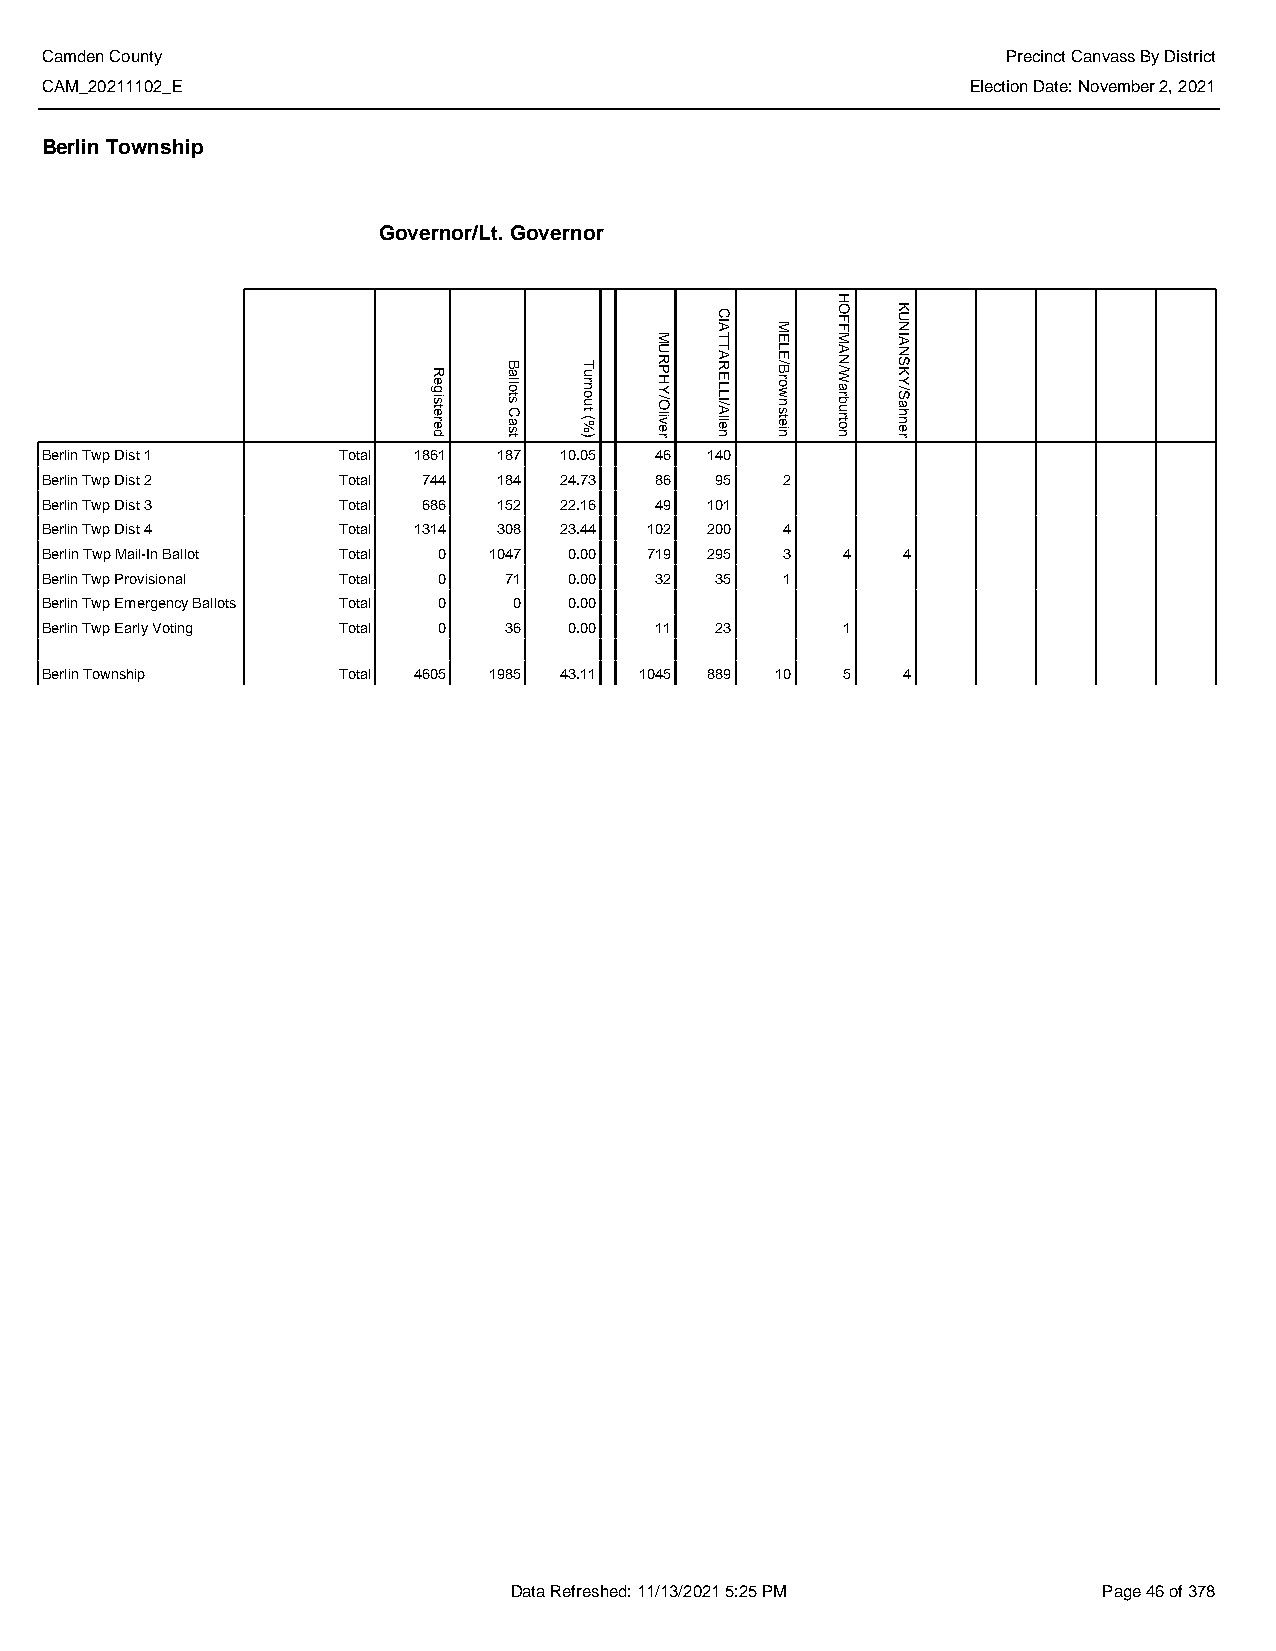
Camden County                                                   Precinct Canvass By District
 CAM_20211102_E                                               Election Date: November 2, 2021
 Berlin Township
 Governor/Lt. Governor
 Berlin Twp Dist 1  Total 1861 187 10.05 46  140
 Berlin Twp Dist 2  Total 744  184 24.73 86  95   2
 Berlin Twp Dist 3  Total 686  152 22.16 49  101
 Berlin Twp Dist 4  Total 1314 308 23.44 102 200  4
 Berlin Twp Mail-In Ballot Total 0 1047 0.00 719 295 3 4  4
 Berlin Twp Provisional Total 0 71  0.00 32  35   1
 Berlin Twp Emergency Ballots Total 0 0 0.00
 Berlin Twp Early Voting Total 0 36 0.00 11  23       1
 Berlin Township    Total 4605 1985 43.11 1045 889 10 5   4
 Data Refreshed: 11/13/2021 5:25 PM     Page 46 of 378
 Registered
 Ballots
 Cast
 Turnout
 (%)
 MURPHY/Oliver
 CIATTARELLI/Allen
 MELE/Brownstein
 HOFFMAN/Warburton
 KUNIANSKY/Sahner